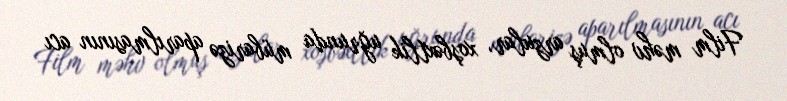
Film məhv olmuş arzular, xoşbəxtlik uğrunda mübarizə aparılmasının acı